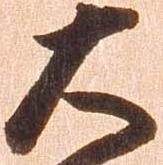
大